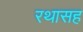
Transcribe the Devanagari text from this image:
रथासह